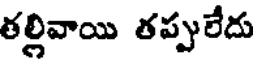
తల్లివాయి తప్పులేదు